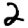
Digit: 2